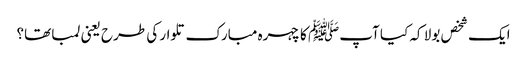
ایک شخص بولا کہ کیا آپﷺ کا چہرہ مبارک تلوار کی طرح یعنی لمبا تھا؟